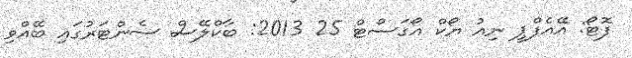
ފޮޓޯ: އޭއެފްޕީ ނިއު ޔޯކް އޯގަސްޓް 25 2013: ބާކްލޭސް ސެންޓަރުގައި ބޭއްވި